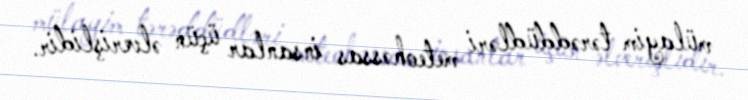
mülayim tərəddüdləri meteohəssas insanlar üçün əlverişlidir.